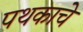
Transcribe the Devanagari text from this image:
पथकाचेे